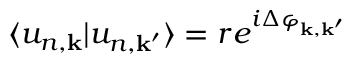
\langle u _ { n , \mathbf { k } } | u _ { n , \mathbf { k } ^ { \prime } } \rangle = r e ^ { i \Delta \varphi _ { \mathbf { k } , \mathbf { k } ^ { \prime } } }